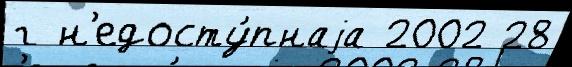
г н'едосту́пнаjа 2002 28